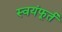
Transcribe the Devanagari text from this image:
स्वयंफूर्त